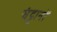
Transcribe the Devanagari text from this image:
चंट्टानों